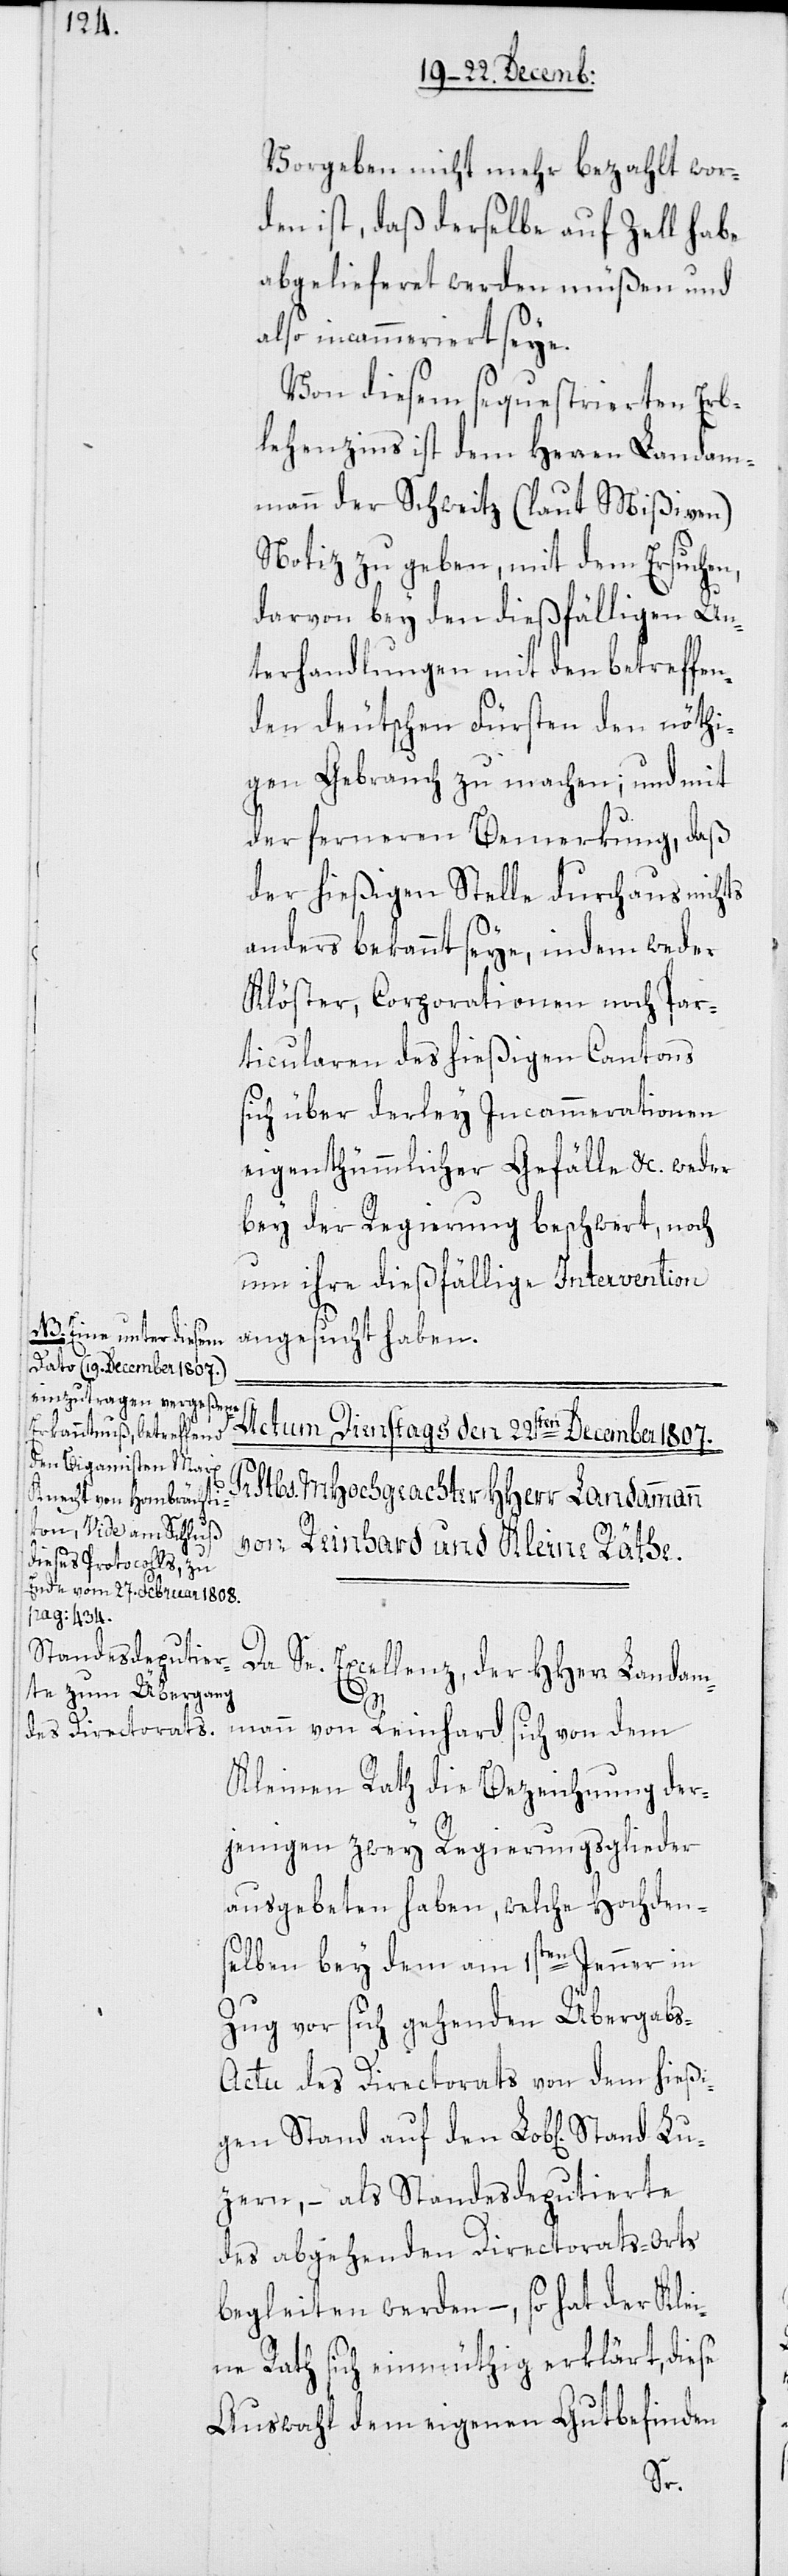
Eine unter dießem
Dato (19. December 1807.)
einzutragen vergeßene
Erkanntnuß, betreffend
den Bigamisten Marx
Knecht von Hombräcti¬
kon, Vide am Schluß
dieses Protocolls, zu
Ende vom 27. Februar 1808.
pag: 434.

Vorgeben nicht mehr bezahlt wor¬
den ist, daß derselbe auf Zell habe
abgelieferet werden müßen und
also incammeriert seye.
Von dießem sequestrierten Erb¬
lehenzins ist dem Herren Landam¬
mann der Schweitz (laut Mißiven)
Notiz zu geben, mit dem Ersuchen,
darvon bey den dießfälligen Un¬
terhandlungen mit den betreffen¬
den deutschen Fürsten den nöthi¬
gen Gebrauch zu machen; und mit
der ferneren Bemerkung, daß
der hießigen Stelle durchaus nichts
anders bekannt seye, indem weder
Klöster, Corporationen noch Par¬
ticularen des hießigen Cantons
sich über derley Incammerationen
eigenthümlicher Gefälle etc. weder
bey der Regierung beschwert, noch
um ihre dießfällige Intervention
angesucht haben.
Da Se. Excellenz der HHerr Landam¬
d
Lu¬
mann von Reinhard sich von dem
Kleinen Rath die Bezeichnung der¬
jenigen zwey Regierungsglieder
ausgebeten haben, welche Hochden¬
selben bey dem am 1sten Jenner in
Zug vor sich gehenden Übergab¬
s-Actu des Directorats von dem hießi¬
gen Stand auf den Lob[lichen] Stan¬
zern, – als Standesdeputierte
des abgehenden Directorats-Orts
begleiten werden, – so hat der Klei¬
ne Rath sich einmüthig erklärt, diese
Auswahl dem eigenen Gutbefinden